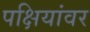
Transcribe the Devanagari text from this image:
पक्षियांवर